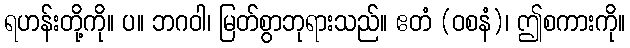
ရဟန်းတို့ကို။ ပ။ ဘဂဝါ၊ မြတ်စွာဘုရားသည်။ ဧတံ (ဝစနံ)၊ ဤစကားကို။